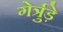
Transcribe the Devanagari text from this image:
गेर्त्रुड़े